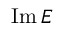
\mathrm { I m } \, E